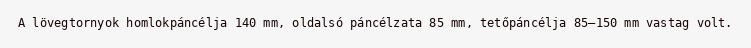
A lövegtornyok homlokpáncélja 140 mm, oldalsó páncélzata 85 mm, tetőpáncélja 85–150 mm vastag volt.